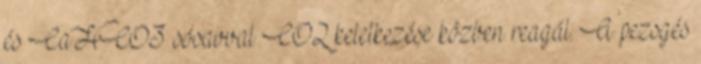
és CaHCO3 sósavval CO2 keletkezése közben reagál. A pezsgés